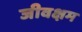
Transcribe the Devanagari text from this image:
जीवक्षम